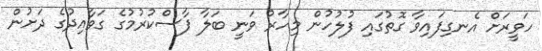
ހަވީރަށް އެނގިފައިވާ ގޮތުގައި ފުލުުހުން މިހާރު ވަނީ ބަލާ ފާސްކުރުމުގެ ގަވާއިދުގެ ދަށުން